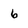
Character: 6